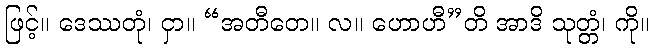
ဖြင့်။ ဒေဿတုံ၊ ငှာ။ “အတီတေ။ လ။ ဟောဟီ”တိ အာဒိ သုတ္တံ၊ ကို။